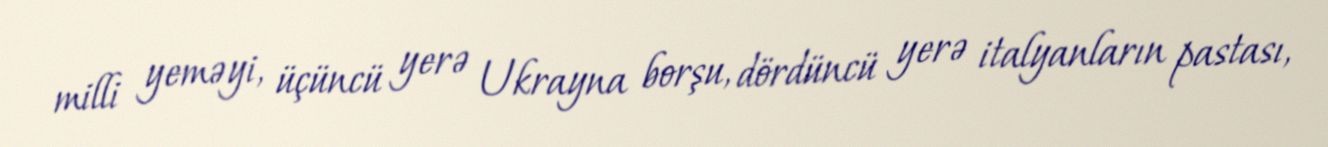
milli yeməyi, üçüncü yerə Ukrayna borşu, dördüncü yerə italyanların pastası,